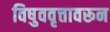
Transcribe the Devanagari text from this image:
विषुववृत्तावरून